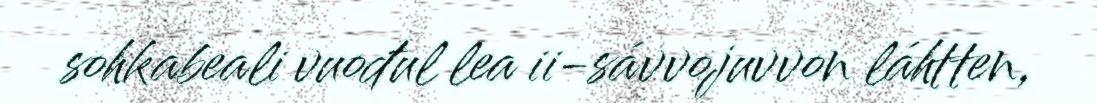
sohkabeali vuođul lea ii-sávvojuvvon láhtten,